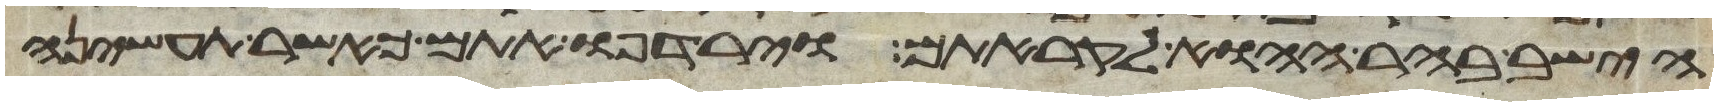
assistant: הישב בהר ההוא לקראתם וירדפו אתם כאשר תעשינה